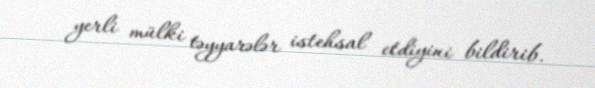
yerli mülki təyyarələr istehsal etdiyini bildirib.